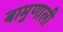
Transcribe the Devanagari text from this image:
बामुणाली